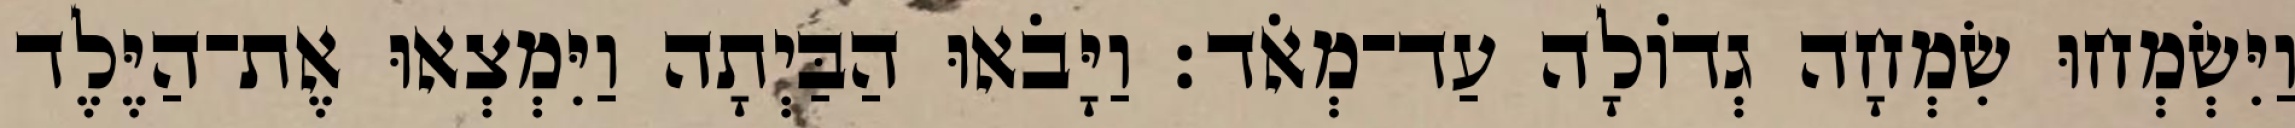
וַיִּשְׂמְחוּ שִׂמְחָה גְדוֹלָה עַד־מְאֹד׃ וַיָּבֹאוּ הַבַּיְתָה וַיִּמְצְאוּ אֶת־הַיֶּלֶד